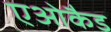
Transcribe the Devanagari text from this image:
एओकैड